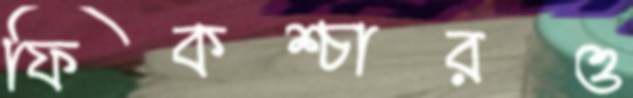
ফিকশ্চারও